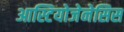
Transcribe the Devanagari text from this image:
आस्टियोजेनेसिस